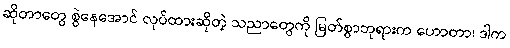
ဆိုတာတွေ စွဲနေအောင် လုပ်ထားဆိုတဲ့ သညာတွေကို မြတ်စွာဘုရားက ဟောတာ၊ ဒါက